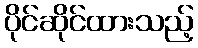
ပိုင်ဆိုင်ထားသည့်